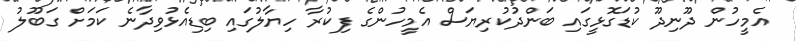
އެމީހުން ދޫނިދޫ ކުޑަގޮޅީގައި ބަންދުކުރިޔަސް އެމީހުންގެ ފިކުރާ ހިޔާލުގައި ބިޑިއެޅުވިދާނެ ކަމަށް ގަބޫލު